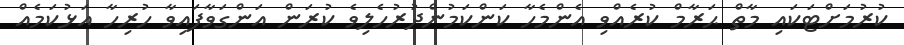
ކުރުމަށްޓަކައި މާތް ޙަރާމް ކުރެއްވި އެންމެހާ ކަންކަމުންދުރުހެލިވެ ކުރަން އަންގަވާފައިވާ ހުރިހާ އަޅުކަމެއް